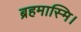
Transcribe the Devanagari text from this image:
ब्रहमास्मि।